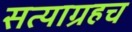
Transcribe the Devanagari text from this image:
सत्याग्रहच